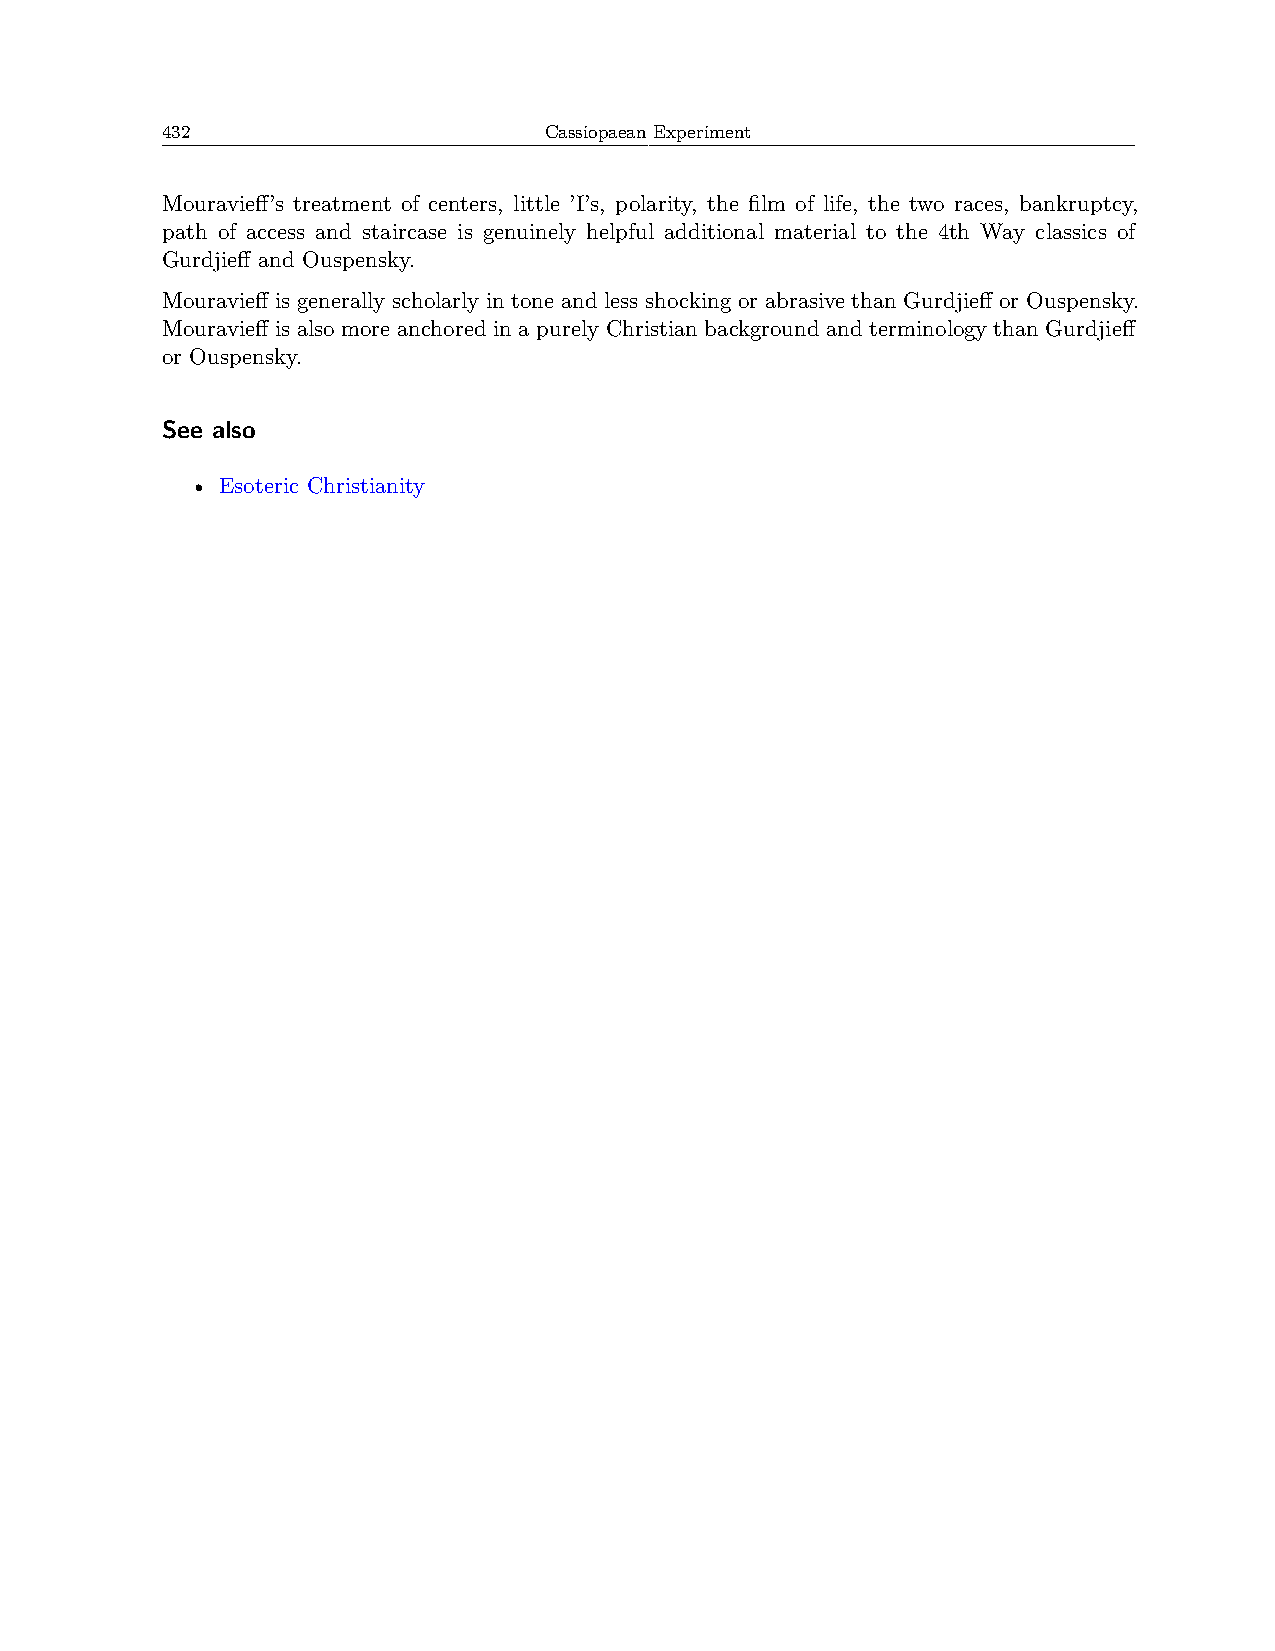
432                      Cassiopaean Experiment
 Mouravieff’s treatment of centers, little ’I’s, polarity, the film of life, the two races, bankruptcy,
 path of access and staircase is genuinely helpful additional material to the 4th Way classics of
 Gurdjieff and Ouspensky.
 Mouravieff is generally scholarly in tone and less shocking or abrasive than Gurdjieff or Ouspensky.
 Mouravieff is also more anchored in a purely Christian background and terminology than Gurdjieff
 or Ouspensky.
 See also
 • Esoteric Christianity